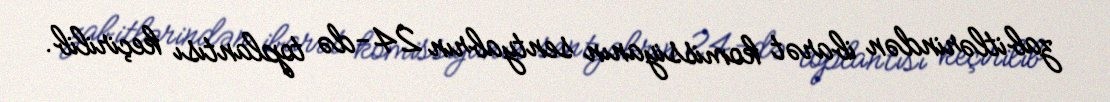
zabitlərindən ibarət komissiyanın sentyabrın 24-də toplantısı keçirilib.